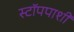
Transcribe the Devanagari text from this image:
स्टॉपपाशी